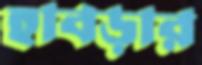
হাবড়ার